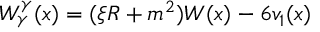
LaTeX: W _ { \gamma } ^ { \gamma } ( x ) = ( \xi R + m ^ { 2 } ) W ( x ) - 6 v _ { 1 } ( x )